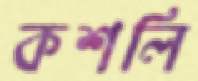
কশলি